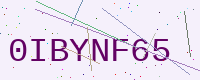
Text: 0IBYNF65